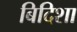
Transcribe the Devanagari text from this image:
बिदिशा